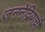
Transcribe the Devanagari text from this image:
जननेंद्रियाची